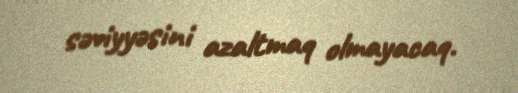
səviyyəsini azaltmaq olmayacaq.